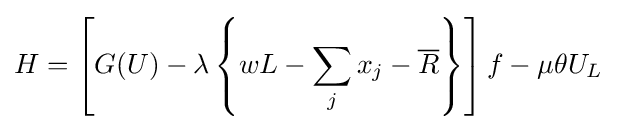
H=\left[G(U)-\lambda \left\lbrace wL-\sum _{j}x_{j}-{\overline {R}}\right\rbrace \right]f-\mu \theta U_{L}\;